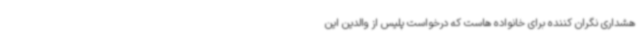
هشداری نگران کننده برای خانواده هاست که درخواست پلیس از والدین این